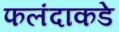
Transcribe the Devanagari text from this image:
फलंदाकडे